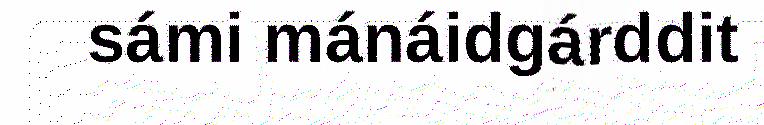
sámi mánáidgárddit